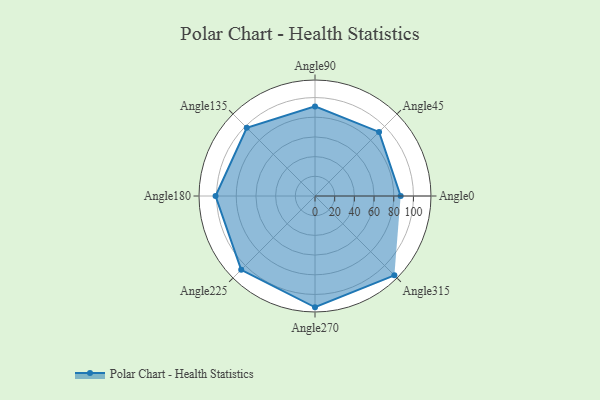
{"axis": {"x": "Angle", "y": "Radius"}, "legend": [""], "data": [{"x": "Angle0", "y": 87.0, "type": ""}, {"x": "Angle45", "y": 92.0, "type": ""}, {"x": "Angle90", "y": 91.0, "type": ""}, {"x": "Angle135", "y": 98.0, "type": ""}, {"x": "Angle180", "y": 101.0, "type": ""}, {"x": "Angle225", "y": 106.0, "type": ""}, {"x": "Angle270", "y": 113.0, "type": ""}, {"x": "Angle315", "y": 114.0, "type": ""}]}